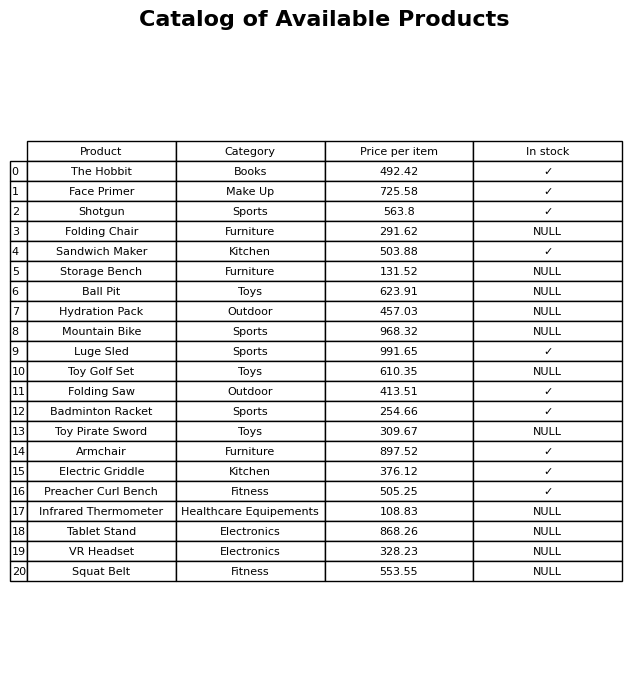
question: What is the price of the Squat Belt?
answer: The price of Squat Belt is 553.55.